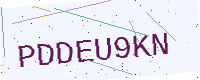
Text: PDDEU9KN